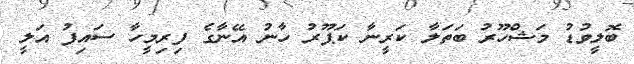
ބޮލީވުޑު މަޝްހޫރު ބަތަލާ ކަރީނާ ކަޕޫރު ހާނު އޭނާގެ ފިރިމީހާ ސައިފު އަލީ